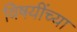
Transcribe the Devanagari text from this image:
विषयींच्या